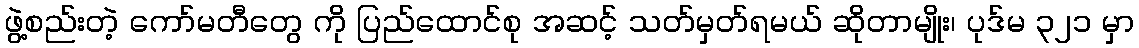
ဖွဲ့စည်းတဲ့ ကော်မတီတွေ ကို ပြည်ထောင်စု အဆင့် သတ်မှတ်ရမယ် ဆိုတာမျိုး၊ ပုဒ်မ ၃၂၁ မှာ